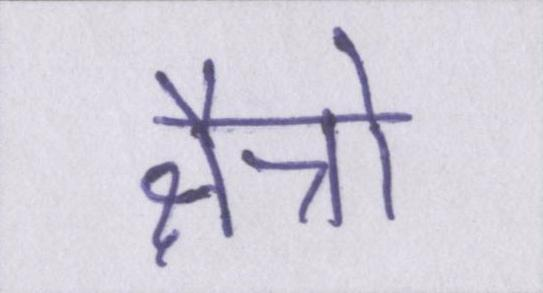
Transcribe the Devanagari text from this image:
क्षैत्रो